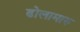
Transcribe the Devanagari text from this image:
ढोलामारु